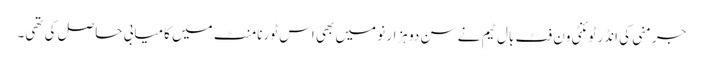
جرمنی کی انڈر ٹوئنٹی ون فٹ بال ٹیم نے سن دو ہزار نو میں بھی اس ٹورنامنٹ میں کامیابی حاصل کی تھی۔